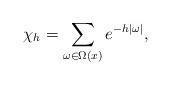
LaTeX: \begin{align*}\chi_h=\sum_{\omega\in\Omega(x)}e^{-h|\omega|},\end{align*}